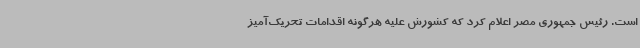
است. رئیس جمهوری مصر اعلام کرد که کشورش علیه هرگونه اقدامات تحریک‌آمیز